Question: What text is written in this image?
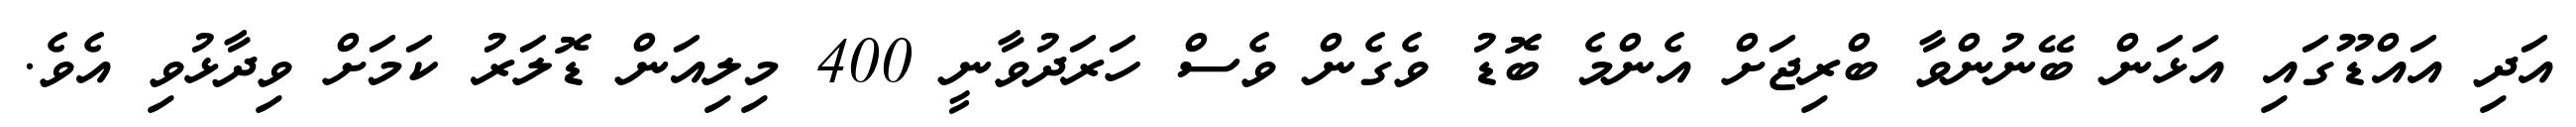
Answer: އަދި އައްޑޫގައި އަޅަން ބޭނުންވާ ބްރިޖަށް އެންމެ ބޮޑު ވެގެން ވެސް ހަރަދުވާނީ 400 މިލިއަން ޑޮލަރު ކަމަށް ވިދާޅުވި އެވެ.